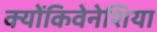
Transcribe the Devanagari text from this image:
क्योंकिवेनेशिया